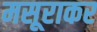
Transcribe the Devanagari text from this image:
मसूराकर